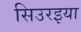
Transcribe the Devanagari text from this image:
सिउरइया